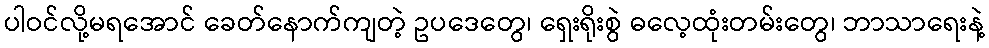
ပါဝင်လို့မရအောင် ခေတ်နောက်ကျတဲ့ ဥပဒေတွေ၊ ရှေးရိုးစွဲ ဓလေ့ထုံးတမ်းတွေ၊ ဘာသာရေးနဲ့